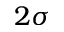
2 \sigma